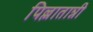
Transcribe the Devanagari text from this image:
पिल्लातान्नी